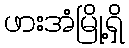
ဖားအံမြို့ရှိ